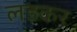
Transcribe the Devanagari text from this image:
लडकर